Sketch of the medical history of the native army of Bombay, for the year
Year: 1870
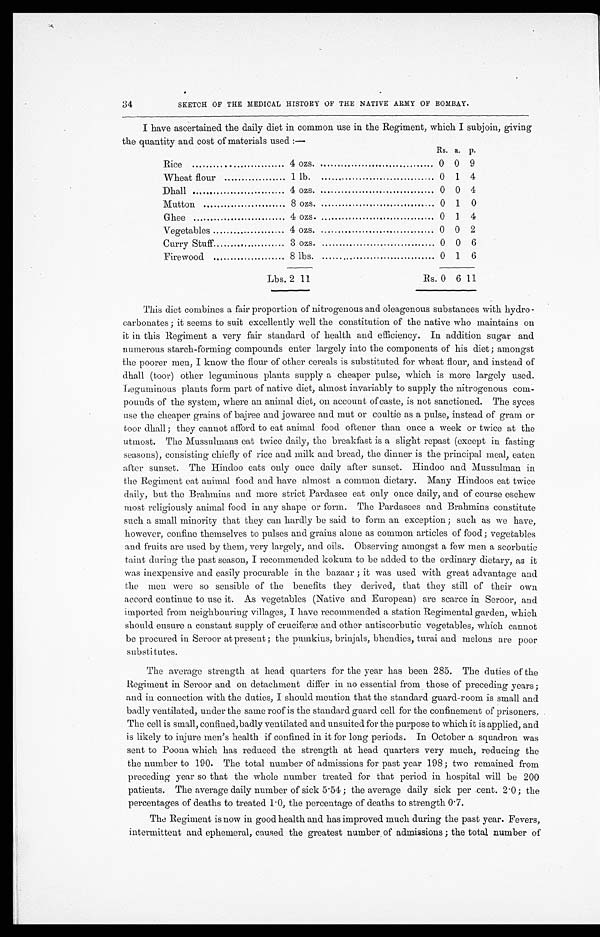
34
SKETCH OF THE MEDICAL HISTORY OF THE NATIVE ARMY OF BOMBAY.
I have ascertained the daily diet in common use in the Regiment, which I subjoin, giving
the quantity and cost of materials used :—
Rs. a. p.
Rice............................... 4 o z s . . . . . . . . . . . . . . . . . . . . . . . . . . . . . . . .
0 0 9
Wheat flour............................... 1 l b . . . . . . . . . . . . . . . . . . . . . . . . . . . . . . . .
0 1 4
Dhall............................... 4 o z s . . . . . . . . . . . . . . . . . . . . . . . . . . . . . . . .
0 0 4
Mutton............................... 8 o z s . . . . . . . . . . . . . . . . . . . . . . . . . . . . . . . .
0 1 0
Ghee............................... 4 o z s . . . . . . . . . . . . . . . . . . . . . . . . . . . . . . . .
0 1 4
Vegetables............................... 4 o z s . . . . . . . . . . . . . . . . . . . . . . . . . . . . . . . . . .
0 0 2
Curry Stuff............................... 3 o z s . . . . . . . . . . . . . . . . . . . . . . . . . . . . . . . .
0 0 6
Firewood............................... 8 l b s . . . . . . . . . . . . . . . . . . . . . . . . . . . . . . . . .
0 1 6
Lbs. 2 11
Rs. 0 6 11
This diet combines a fair proportion of nitrogenous and oleagenous substances with hydro-
carbonates ; it seems to suit excellently well the constitution of the native who maintains on
it in this Regiment a very fair standard of health and efficiency. In addition sugar and
numerous starch-forming compounds enter largely into the components of his diet ; amongst
the poorer men, I know the flour of other cereals is substituted for wheat flour, and instead of
dhall (toor) other leguminous plants supply a cheaper pulse, which is more largely used.
Leguminous plants form part of native diet, almost invariably to supply the nitrogenous com-
pounds of the system, where an animal diet, on account of caste, is not sanctioned. The syces
use the cheaper grains of bajree and jowaree and mut or coultie as a pulse, instead of gram or
toor dhall ; they cannot afford to eat animal food oftener than once a week or twice at the
utmost. The Mussulmans eat twice daily, the breakfast is a slight repast (except in fasting
seasons), consisting chiefly of rice and milk and bread, the dinner is the principal meal, eaten
after sunset. The Hindoo eats only once daily after sunset. Hindoo and Mussulman in
the Regiment eat animal food and have almost a common dietary. Many Hindoos eat twice
daily, but the Brahmins and more strict Pardasee eat only once daily, and of course eschew
most religiously animal food in any shape or form. The Pardasees and Brahmins constitute
such a small minority that they can hardly be said to form an exception ; such as we have,
however, confine themselves to pulses and grains alone as common articles of food ; vegetables
and fruits are used by them, very largely, and oils. Observing amongst a few men a scorbutic
taint during the past season, I recommended kokum to be added to the ordinary dietary, as it
was inexpensive and easily procurable in the bazaar ; it was used with great advantage and
the men were so sensible of the benefits they derived, that they still of their own
accord continue to use it. As vegetables (Native and European) are scarce in Seroor, and
imported from neighbouring villages, I have recommended a station Regimental garden, which
should ensure a constant supply of cruciferæ and other antiscorbutic vegetables, which cannot
be procured in Seroor at present ; the pumkins, brinjals, bhendies, turai and melons are poor
substitutes.
The average strength at head quarters for the year has been 285. The duties of the
Regiment in Seroor and on detachment differ in no essential from those of preceding years ;
and in connection with the duties, I should mention that the standard guard-room is small and
badly ventilated, under the same roof is the standard guard cell for the confinement of prisoners.
The cell is small, confined, badly ventilated and unsuited for the purpose to which it is applied, and
is likely to injure men's health if confined in it for long periods. In October a squadron was
sent to Poona which has reduced the strength at head quarters very much, reducing the
the number to 190. The total number of admissions for past year 198 ; two remained from
preceding year so that the whole number treated for that period in hospital will be 200
patients. The average daily number of sick 5.54 ; the average daily sick per cent. 2.0 ; the
percentages of deaths to treated 1.0, the percentage of deaths to strength 0.7.
The Regiment is now in good health and has improved much during the past year. Fevers,
intermittent and ephemeral, caused the greatest number of admissions ; the total number of